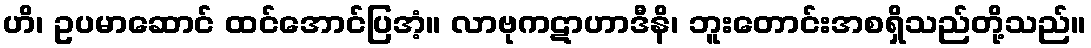
ဟိ၊ ဥပမာဆောင် ထင်အောင်ပြအံ့။ လာဗုကဋာဟာဒီနိ၊ ဘူးတောင်းအစရှိသည်တို့သည်။